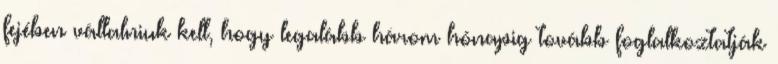
fejében vállalniuk kell, hogy legalább három hónapig tovább foglalkoztatják